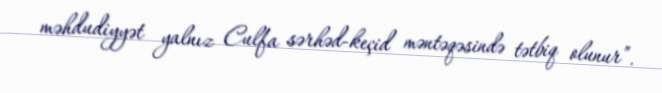
məhdudiyyət yalnız Culfa sərhəd-keçid məntəqəsində tətbiq olunur”.